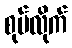
စုပ်လိုက်